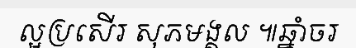
ល្អប្រសើរ សុភមង្គល ៕ឆ្នាំចរ